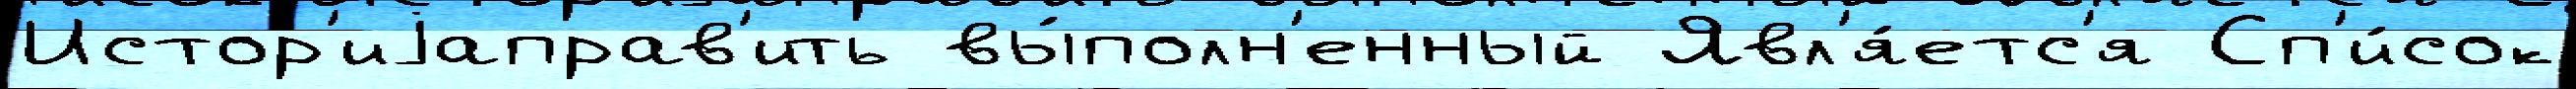
Истор'иjаправ'ить вы́полн'енный Явл'я́етс'я Сп'и́сок